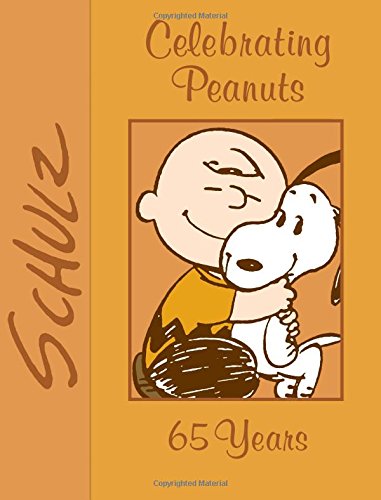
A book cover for Celebrating Peanuts: 65 Years; Charles M. Schulz; Comics & Graphic Novels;